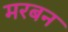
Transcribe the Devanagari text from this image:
मरबन